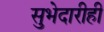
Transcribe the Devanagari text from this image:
सुभेदारीही